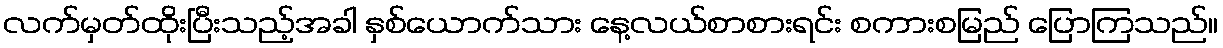
လက်မှတ်ထိုးပြီးသည့်အခါ နှစ်ယောက်သား နေ့လယ်စာစားရင်း စကားစမြည် ပြောကြသည်။